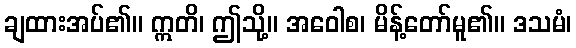
ချထားအပ်၏။ ဣတိ၊ ဤသို့။ အဝေါစ၊ မိန့်တော်မူ၏။ ဒသမံ၊